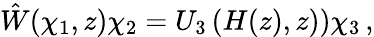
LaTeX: \hat{W}(\chi_{1},z)\chi_{2}=U_{3}\left(H(z),z)\right)\chi_{3}\, ,